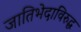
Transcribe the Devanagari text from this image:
जातिभेदाविरुद्ध